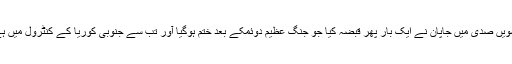
بیسویں صدی میں جاپان نے ایک بار پھر قبضہ کیا جو جنگ عظیم دوئمکے بعد ختم ہوگیا آور تب سے جنوبی کوریا کے کنٹرول میں ہے۔